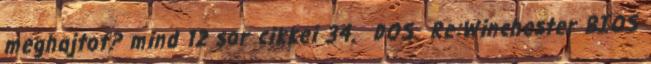
meghajtot? mind 12 sor cikkei 34. DOS Re:Winchester BIOS